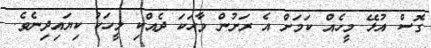
ގޮސް އުޅޭ މީހެއް ކަމަށް އެ ރަށުން ވާހަކަ ދެއްކި މީހަކު ކިޔައިދިނެވެ.